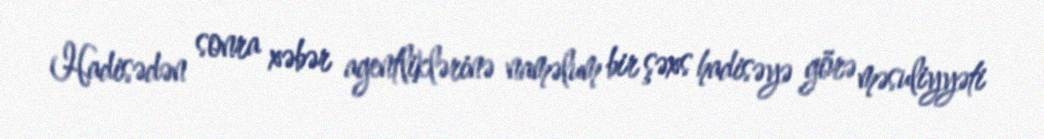
Hadisədən sonra xəbər agentliklərinə naməlum bir şəxs hadisəyə görə məsuliyyəti